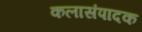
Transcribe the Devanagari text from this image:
कलासंपादक